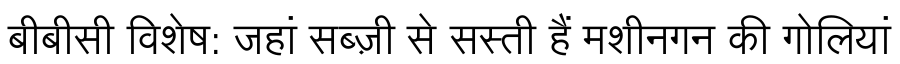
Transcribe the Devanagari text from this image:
बीबीसी विशेष: जहां सब्ज़ी से सस्ती हैं मशीनगन की गोलियां